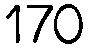
170